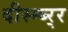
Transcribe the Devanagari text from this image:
दीस्म्ब्र्‍र